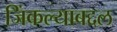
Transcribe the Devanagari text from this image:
जिंकल्याबद्दल